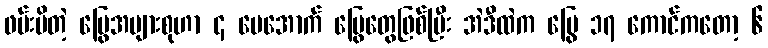
ဖမ်းမိတဲ့ မြွေအများစုဟာ ၄ ပေအောက် မြွေတွေဖြစ်ပြီး အဲဒီထဲက မြွေ ၁၇ ကောင်ကတော့ ၆